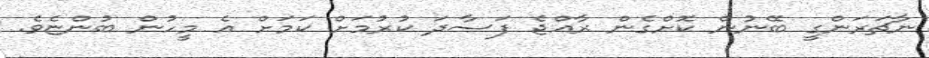
ނާޗަރަންގީ ބޭނުން ކޮށްގެން ރާއްޖެ ފަސާދަ ކުރުމަށް ކަމަށް އެ މީހުން ބުންޏެވެ.